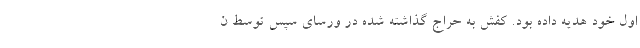
اول خود هدیه داده بود. کفش به حراج گذاشته شده در ورسای سپس توسط ن